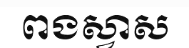
ពងស្វាស